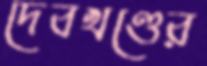
দেবখণ্ডের